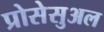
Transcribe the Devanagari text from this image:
प्रोसेसुअल